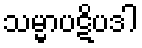
သမ္မာပဋိပဒါ